Bréfritari: Soffía Daníelsdóttir
Viðtakandi: Jakobína Magnúsdóttir og Daníel Halldórsson
Dagsetning: A-1906-10-XX
Skrifað á: Sauðanes  N-Þing.
Soffía var dóttir Jakobínu og Daníels

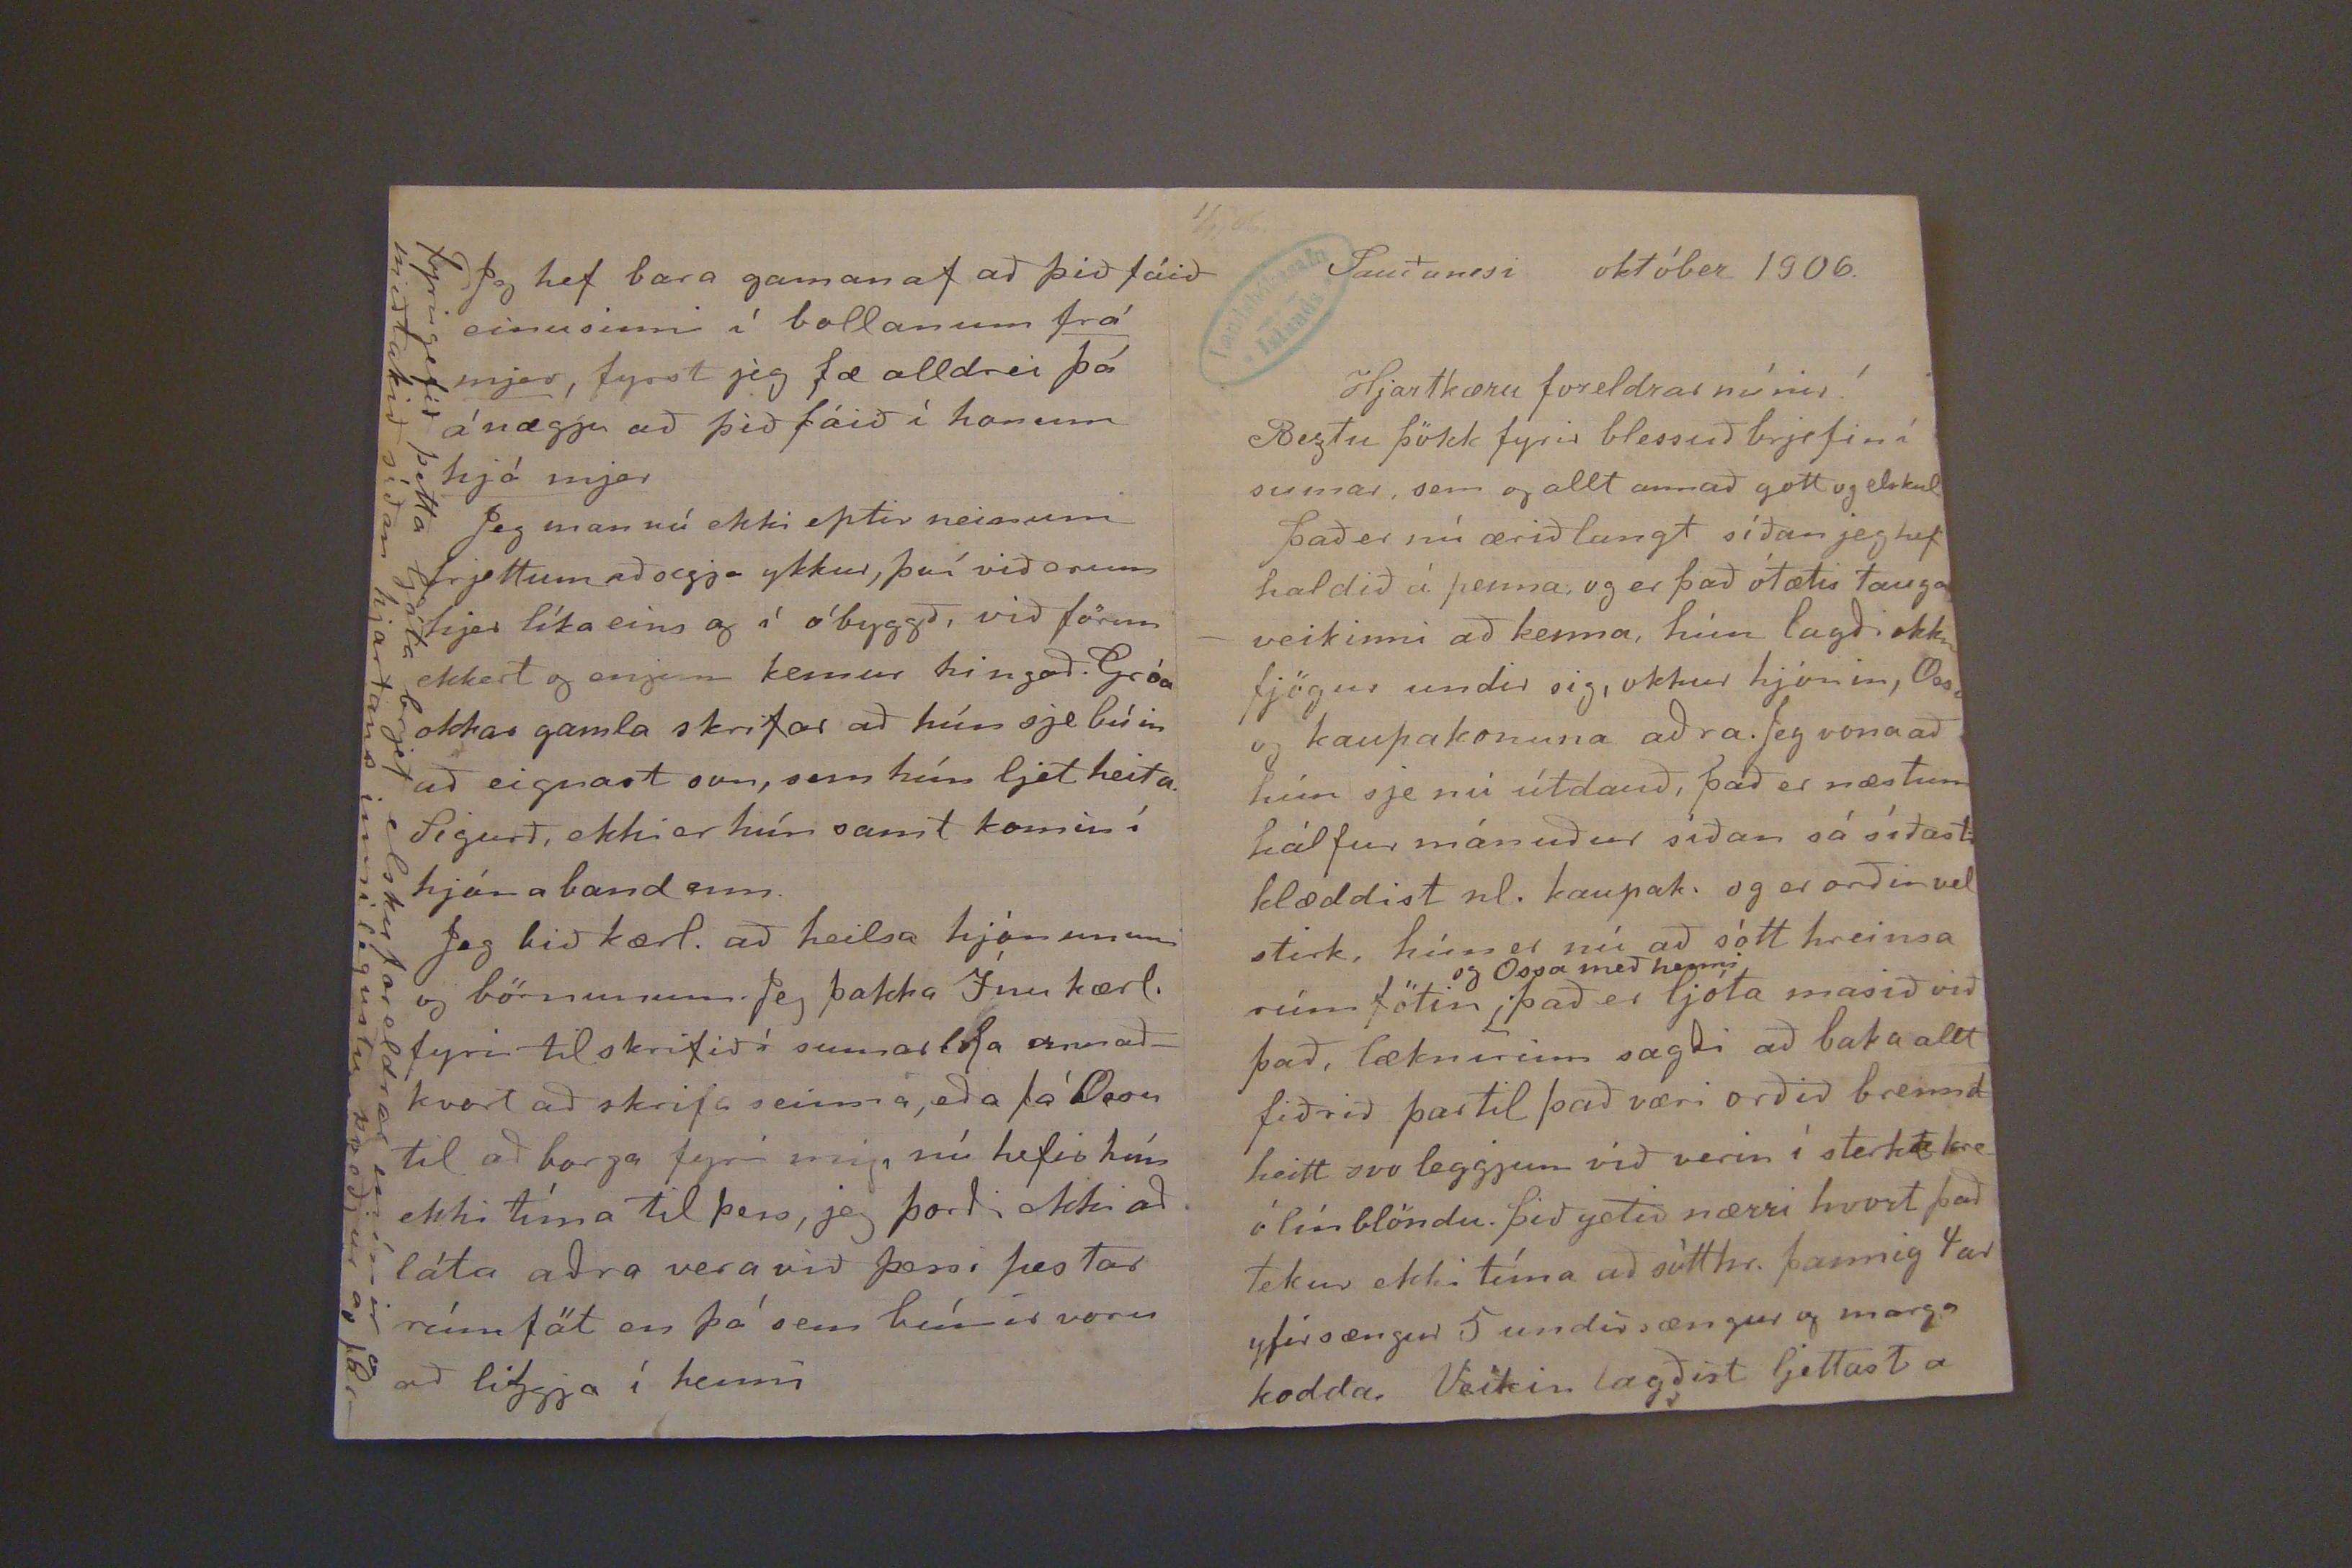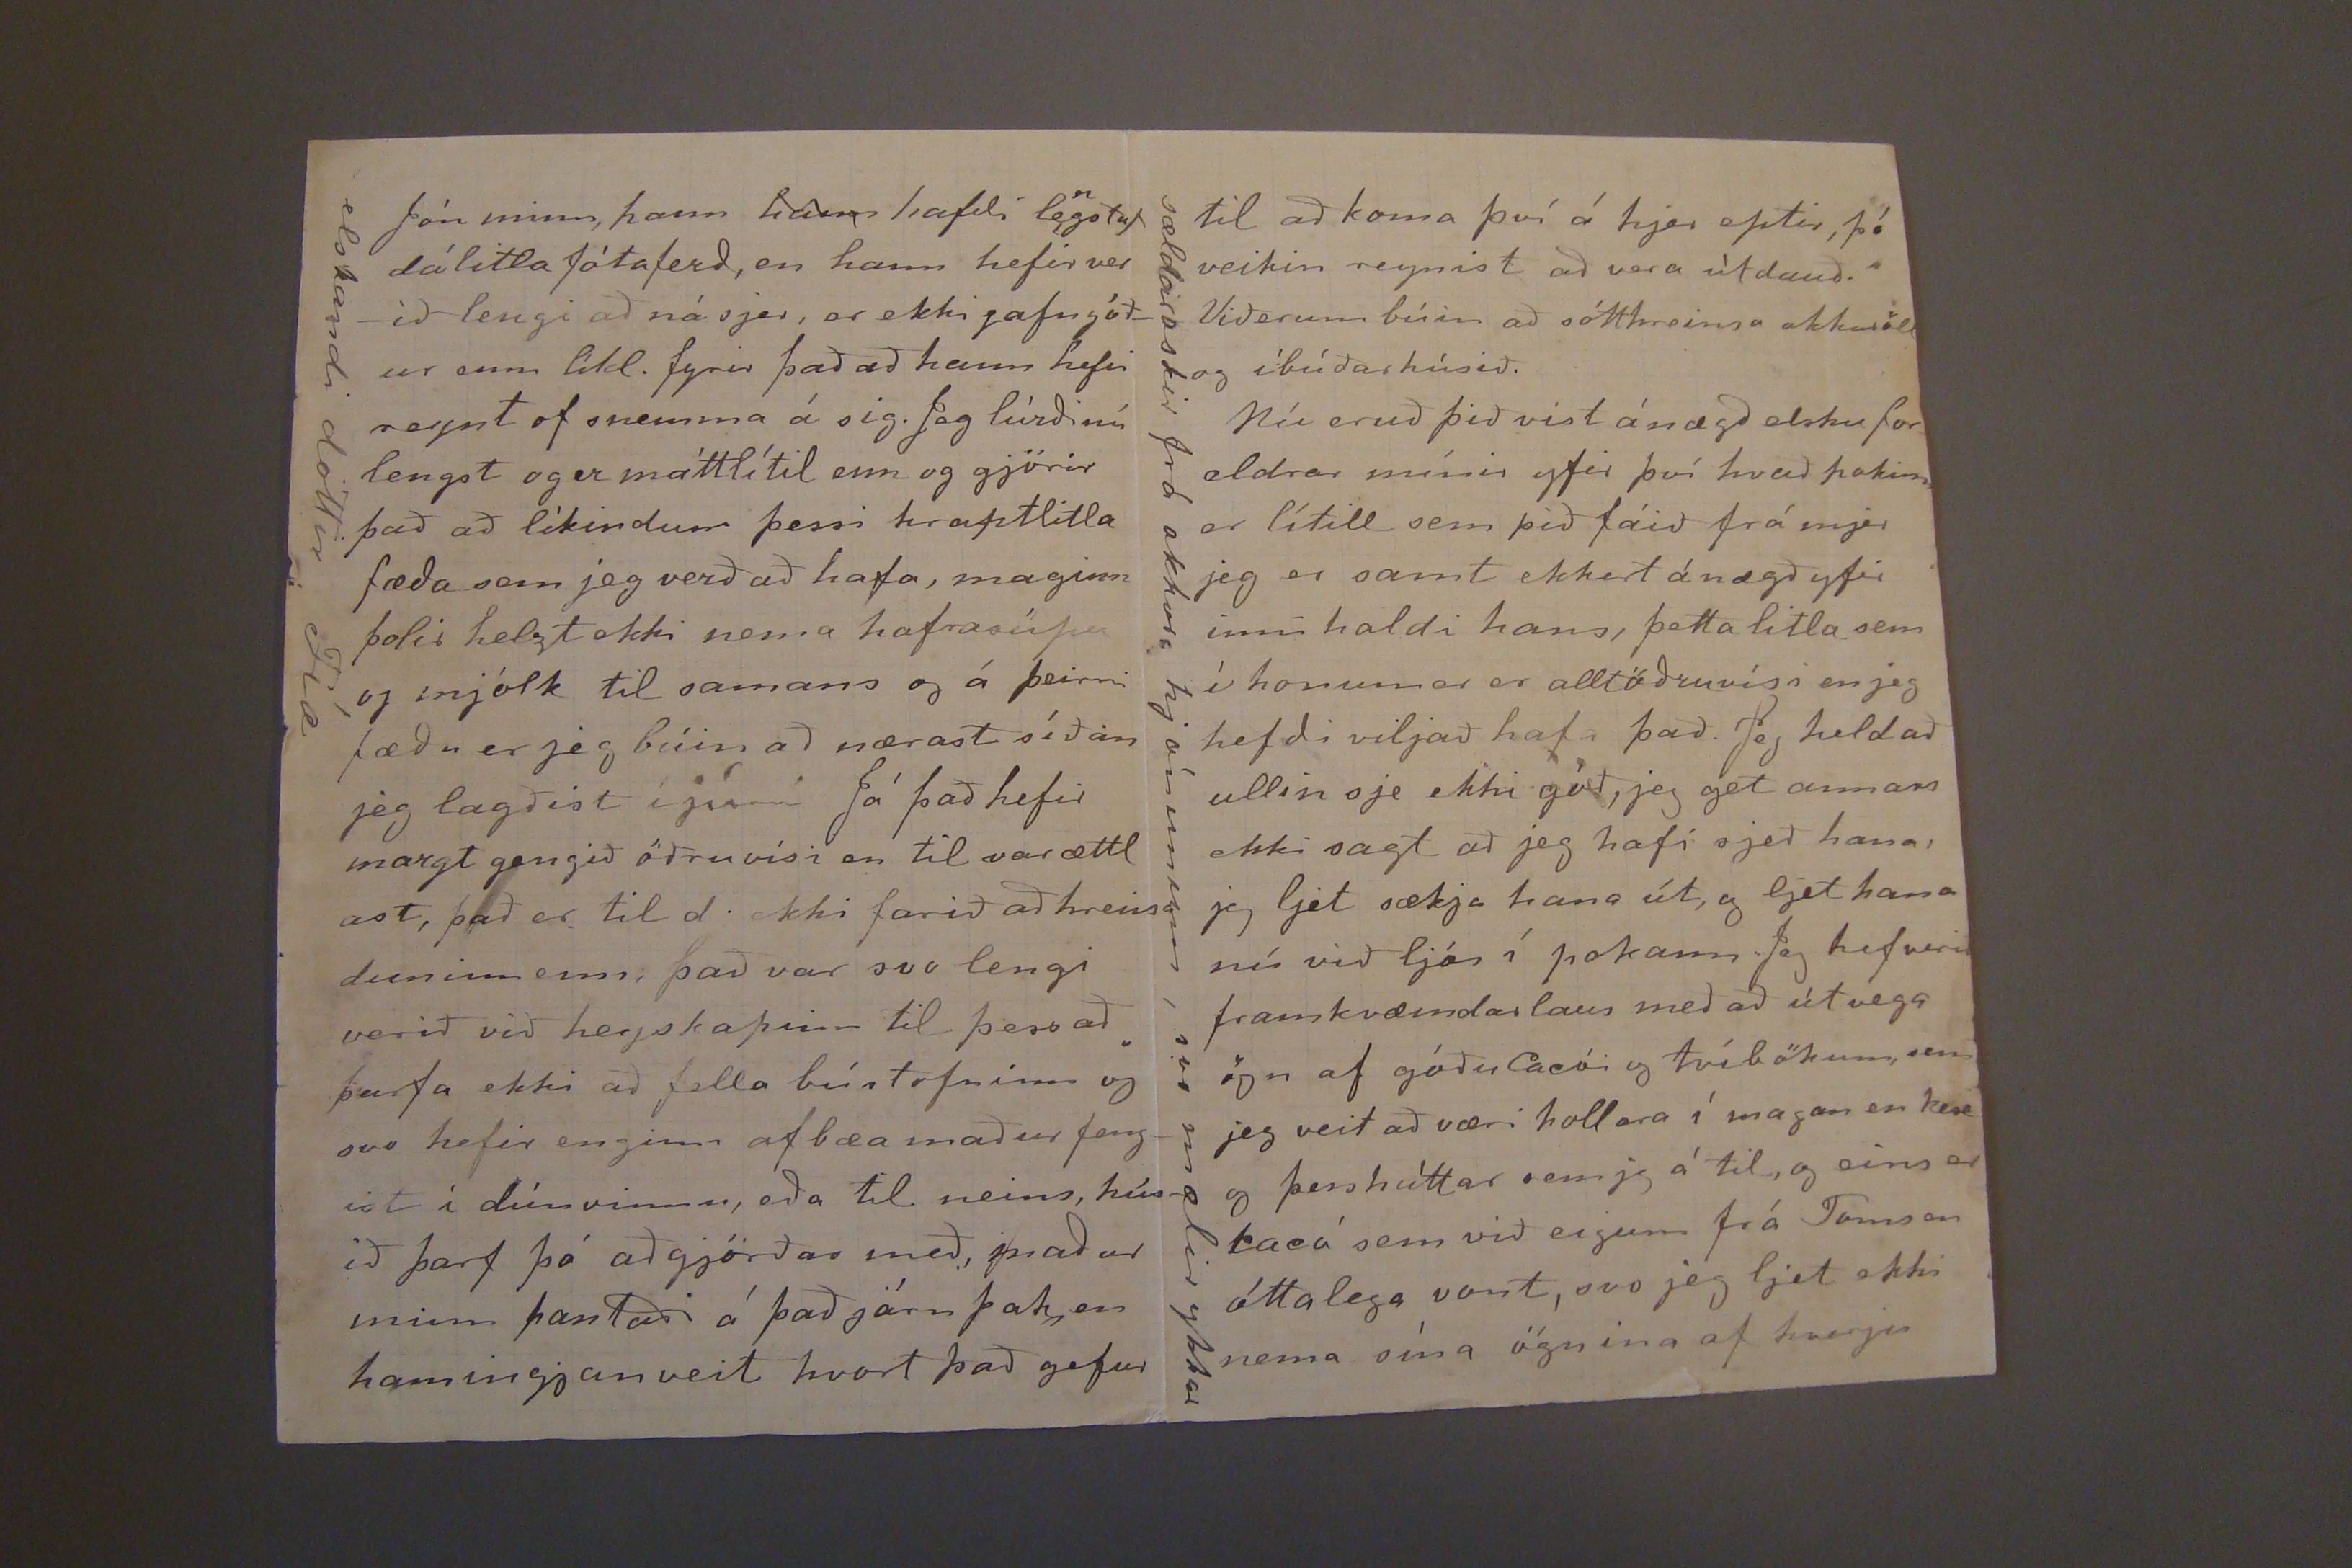

1/11'06.
Sauðanesi október 1906.
Hjartkæru foreldrar mínir!
Beztu þökk fyrir blessuð brjefin í sumar, sem og allt annað gott og elskul.
það er nú ærið langt síðan jeg hef haldið á penna, og er það ótætis taugaveikinni að kenna, hún lagði okkur fjögur undir sig, okkur hjónin, Ossu og kaupakonuna aðra. Jeg vona að hún sje nú útdauð, það er næstum hálfur mánuður síðan sá síðasti klæddist nl. kaupak. og er orðin vel stirk, hún er nú að sótt hreinsa rúmfötin
og Ossa með henni
það er ljóta masið við það, læknirinn sagði að baka allt fiðrið þar til það væri orðið brenn
d
heitt svo leggjum við verið í sterkt kreólínblöndu. þið getið nærri hvort það tekur ekki tíma að sótthr. þannig 4ar yfirsængur 5 undirsængur og marga kodda. Veikin lagðist ljettast a
Jón minn, hann
hann
hafði le
n
gstaf dálitla fótaferð, en hann hefir verið lengi að ná sjer, er ekki jafn góður enn líkl. fyrir það að hann hefir reynt of snemma á sig. Jeg lúrði nú lengst og er máttlítil enn og gjörir það að líkindum þessi kraptlitla fæða sem jeg verð að hafa, maginn þolir helzt ekki nema hafrasúpu og mjólk til samans og á þeirri fæðu er jeg búin að nærast síðan jeg lagðist í júni Já það hefir margt gengið öðruvísi en til var ættl ast, það er til d. ekki farið að hreinsa duninn enn, það var svo lengi verið við heyskapinn til þess að þurfa ekki að fella bústofninn og svo hefir enginn afbæamaður fengist í dúnvinnu, eða til neins, húsið þarf þá að gjörðar með, maður minn pantaði á það járn þar er hamingjan veit hvort það gefur
elskandi dóttir Fía
Jeg hef bara gaman af að þið fáið einusinni í bollanum (undirstrik/frá mjer/), fyrst jeg fæ alldrei þá ánægju að þið fáið í honum
hjá mjer
Jeg man nú ekki eptir neinum frjettum að segja ykkur, því við erum hjer líka eins og í óbyggð, við förum ekkert og enginn kemur hingað. Gróa okkar gamla skrifar að hún sje búin að eignast son, sem hún ljet heita Sigurð, ekki er hún samt komin í hjónaband enn.
Jeg bið kærl. að heilsa hjónunum og börnunum. Jeg þakka Ínu kærl. fyrir tilskrifið í sumar lofa annaðkvort að skrifa seinna, eða fá Ossu til að borga fyrir mig, nú hefir hún ekki tíma til þess, jeg þorði ekki að láta aðra vera við þessi pestar rúmföt en þá sem búnir voru að liggja í henni
Fyrirgefið þetta ljóta brjef elsku foreldrar mínir og meðtakið síðan hjartans innilegustu kveðjur og þar-
til að koma því hjer eptir, þó veikin reynist að vera útdauð. Við erum búin að sótthreinsa okkur öll og íbúðarhúsið.
Nú eruð þið víst ánægð elsku foreldrar mínir yfir því hvað pokinn er lítill sem þið fáið frá mjer jeg er samt ekkert ánægð yfir inni haldi hans, þetta litla sem í honum er er alltöðruvísi en jeg hefði viljað hafa það. Jeg held að ullin sje ekki góð, jeg get annars ekki sagt að jeg hafi sjeð hana, jeg ljet sækja hana út, og ljet hana nú við ljós í pokann Jeg hef verið framkvæmdarlaus með að útvega ögn af góðu Caói og tvíbökum, sem jeg veit að væri hollara í magan en kex og þessháttar sem jg á til, og eins er cacó sem við eigum frá Tomsen óttalega vont, svo jeg ljet ekki nema sína ögnina af hverju
sældaroskir frá okkur hjónunum, svo mælir ykkar